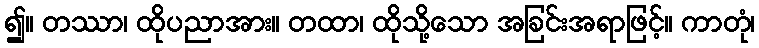
၍။ တဿာ၊ ထိုပညာအား။ တထာ၊ ထိုသို့သော အခြင်းအရာဖြင့်။ ကာတုံ၊